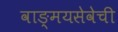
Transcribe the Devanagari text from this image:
वाङ्‌मयसेवेची